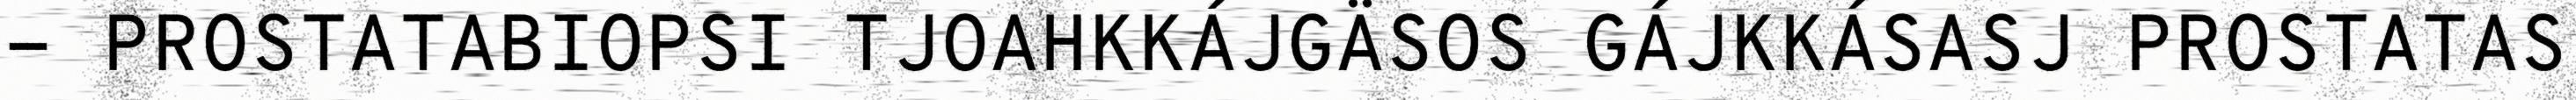
- PROSTATABIOPSI TJOAHKKÁJGÄSOS GÁJKKÁSASJ PROSTATAS